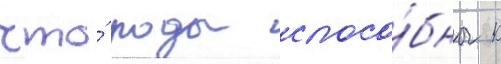
что́ роды спосо́бны к